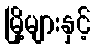
မြို့များနှင့်